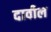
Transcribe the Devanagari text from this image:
दावील